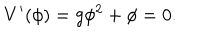
LaTeX: V ^ { \prime } ( \phi ) = g \phi ^ { 2 } + \phi = 0 .